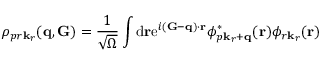
\rho _ { p r \mathbf k _ { r } } ( \mathbf q , \mathbf G ) = \frac { 1 } { \sqrt { \Omega } } \int \mathrm { d } \mathbf r \mathrm { { e } } ^ { i ( \mathbf G - \mathbf q ) \cdot \mathbf r } \phi _ { p \mathbf k _ { r } + \mathbf q } ^ { \ast } ( \mathbf { r } ) \phi _ { r \mathbf k _ { r } } ( \mathbf { r } )